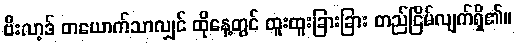
ဗီးလာ့ဒ် တယောက်သာလျှင် ထိုနေ့တွင် ထူးထူးခြားခြား တည်ငြိမ်လျက်ရှိ၏။